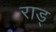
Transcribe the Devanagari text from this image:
राड्